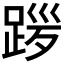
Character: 𫏎